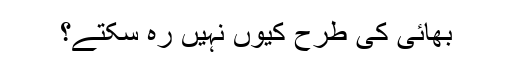
بھائی کی طرح کیوں نہیں رہ سکتے؟